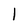
Character: 1